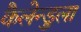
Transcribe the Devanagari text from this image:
कैलेन्डुला